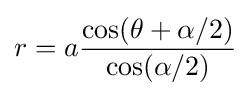
r=a{\frac {\cos(\theta +\alpha /2)}{\cos(\alpha /2)}}